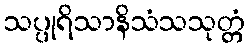
သပ္ပုရိသာနိသံသသုတ္တံ